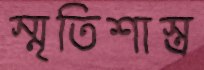
স্মৃতিশাস্ত্র